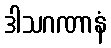
ဒါသဂဏာနံ